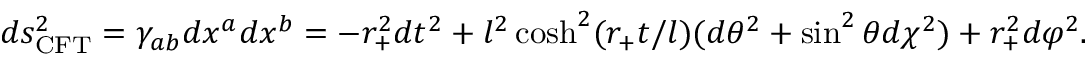
d s _ { \mathrm { C F T } } ^ { 2 } = \gamma _ { a b } d x ^ { a } d x ^ { b } = - r _ { + } ^ { 2 } d t ^ { 2 } + l ^ { 2 } \cosh ^ { 2 } ( r _ { + } t / l ) ( d \theta ^ { 2 } + \sin ^ { 2 } \theta d \chi ^ { 2 } ) + r _ { + } ^ { 2 } d \varphi ^ { 2 } .